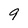
Character: 9